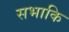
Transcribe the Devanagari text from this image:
सभाकि